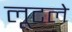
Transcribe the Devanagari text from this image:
लूटले